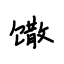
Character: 馓